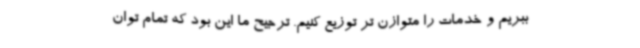
ببریم و خدمات را متوازن تر توزیع کنیم. ترجیح ما این بود که تمام توان